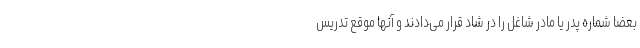
بعضا شماره پدر یا مادر شاغل را در شاد قرار می‌دادند و آنها موقع تدریس